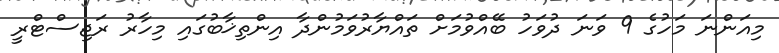
މިއަންނަ މަހުގެ 9 ވަނަ ދުވަހު ބޭއްވުމަށް ތައްޔާރުވަމުންދާ އިންތިޚާބުގައި މިހާރު ރަޖިސްޓްރީ